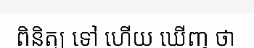
ពិនិត្យ ទៅ ហើយ ឃើញ ថា